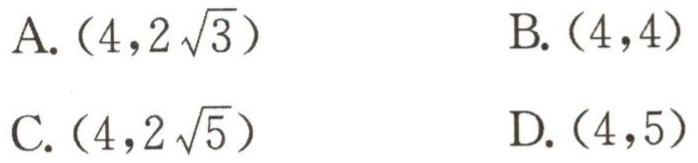
A. $(4,2\sqrt{3})$  B. $(4,4)$  C. $(4,2\sqrt{5})$  D. $(4,5)$